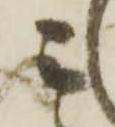
被